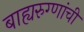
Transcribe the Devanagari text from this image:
बाह्यरुग्णांची